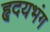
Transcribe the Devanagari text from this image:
हृदयभंग